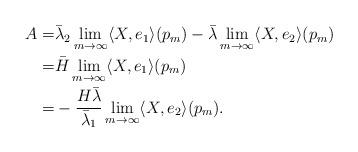
LaTeX: \begin{align*}\begin{aligned}A=&\bar \lambda_2 \lim_{m\rightarrow\infty} \langle X,e_1 \rangle(p_m)-\bar \lambda \lim_{m\rightarrow\infty} \langle X,e_2 \rangle(p_m)\\=&\bar H\lim_{m\rightarrow\infty} \langle X,e_1 \rangle(p_m)\\=&-\dfrac{H\bar \lambda}{\bar \lambda_1}\lim_{m\rightarrow\infty} \langle X,e_2 \rangle(p_m).\end{aligned}\end{align*}